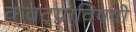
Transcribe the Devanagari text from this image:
कवट्यांविषयी